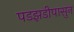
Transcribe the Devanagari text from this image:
पडझडीपासुन